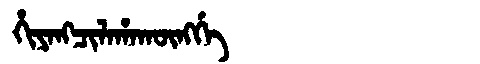
Manchu: ᡥᡳᠶᠠᠩᠴᡳᠯᠠᡥᠠᡴᡡᠩᡤᡝ
Romanization: HIYANGCILAHAKŪNGGE